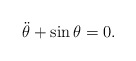
\begin{align*}\ddot{\theta}+\sin\theta=0.\end{align*}